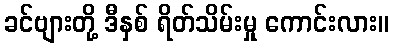
ခင်ဗျားတို့ ဒီနှစ် ရိတ်သိမ်းမှု ကောင်းလား။